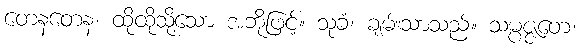
တေနတေန၊ ထိုထိုသို့သော အဘို့ဖြင့်။ သုခံ၊ ချမ်းသာသည်။ သမ္ပဇ္ဇတေ၊